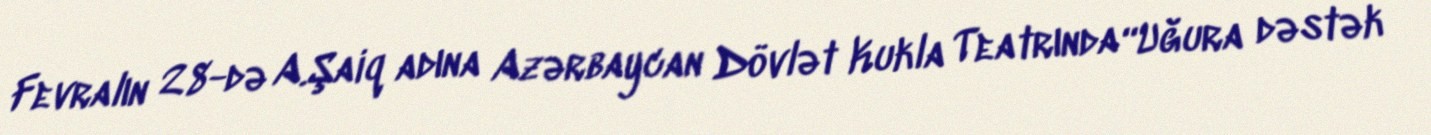
Fevralın 28-də A.Şaiq adına Azərbaycan Dövlət Kukla Teatrında “Uğura dəstək